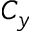
C _ { y }